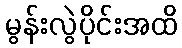
မွန်းလွဲပိုင်းအထိ